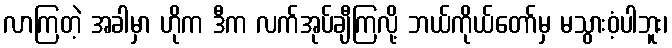
လာကြတဲ့ အခါမှာ ဟိုက ဒီက လက်အုပ်ချီကြလို့ ဘယ်ကိုယ်တော်မှ မသွားဝံ့ပါဘူး၊